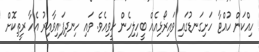
ހިއްކަން ހުއްޓާ ހަށިގަނޑުގައި ވައިރޯޅިއެއް ބީހިލިހެން ހީވިއެވެ. ވައި ހިނދިފައިވާއިރު އެހާ ރީތިކޮށް